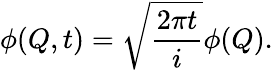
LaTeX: \phi(Q,t)=\sqrt{{\frac{2\pi t}{i}}}\phi(Q).